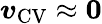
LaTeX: \boldsymbol{v}_{\mathrm{{CV}}}\approx\boldsymbol{0}